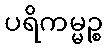
ပရိကမ္မဉ္စ